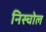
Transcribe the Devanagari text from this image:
निस्चोल